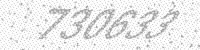
Solution: 730633